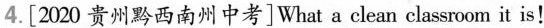
4.[2020 贵州黔西南州中考]What a clean classroom it is!